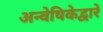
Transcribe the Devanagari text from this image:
अन्वेषिकेद्वारे